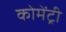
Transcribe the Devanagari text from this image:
कोमेंट्री